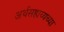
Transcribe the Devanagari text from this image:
अर्थसहाय्यच्या